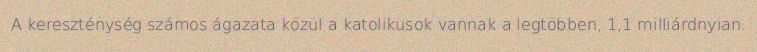
A kereszténység számos ágazata közül a katolikusok vannak a legtöbben, 1,1 milliárdnyian.